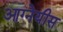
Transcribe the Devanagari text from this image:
आग्‍नेयीस